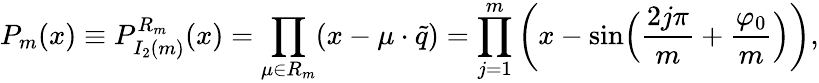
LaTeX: P_{m}(x)\equiv P_{I_{2}(m)}^{R_{m}}(x)=\prod_{\mu\in{R_{m}}}(x-\mu\cdot\tilde{q})=\prod_{j=1}^{m}\left(x-\sin\Bigl({\frac{2j\pi}{m}}+{\frac{\varphi_{0}}{m}}\Bigr)\right),